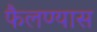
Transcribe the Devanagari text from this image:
फैलण्यास